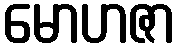
မောဟဇာ